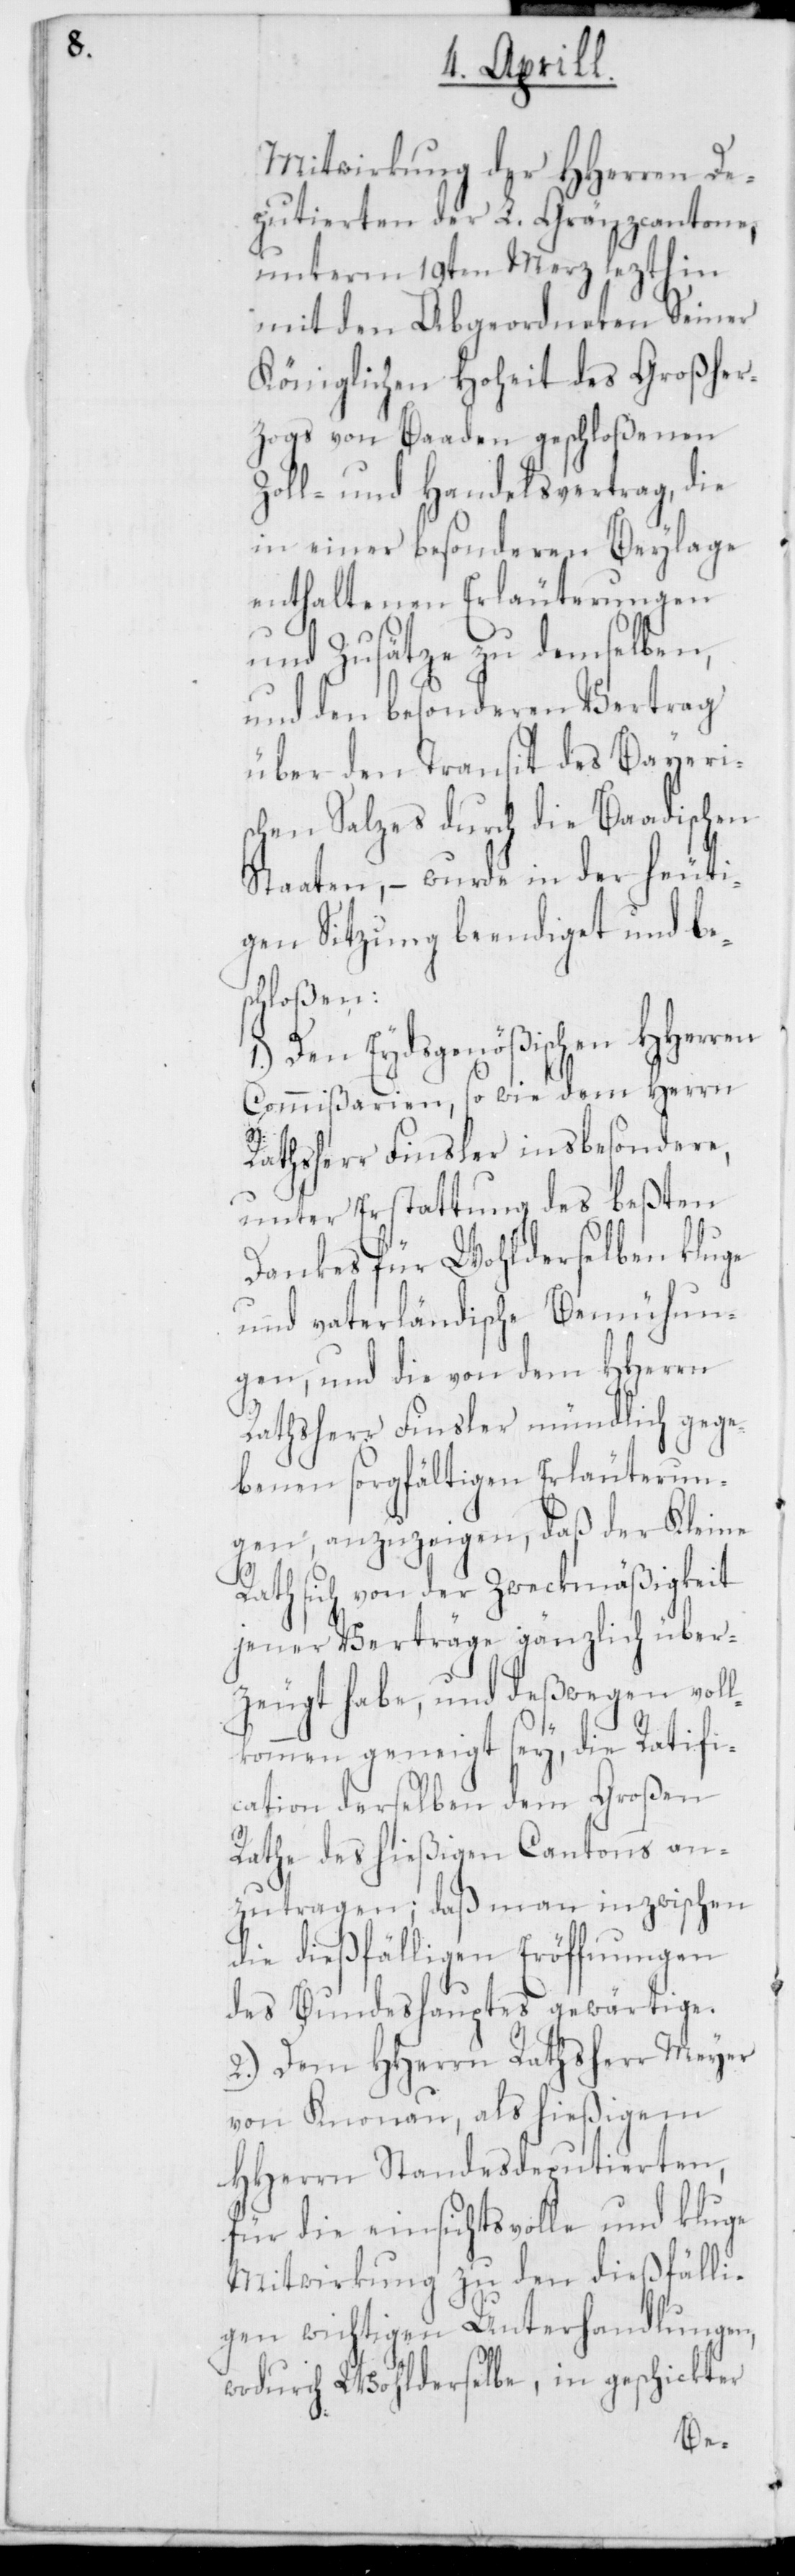
Mitwirkung der HHerren De¬
putierten der L. Gränzcantone,
unterm 19ten Merz lezthin
mit den Abgeordneten Seiner
Königlichen Hoheit des Großher¬
zogs von Baaden geschloßenen
Zoll- und Handelsvertrag, die
in einer besonderen Beylage
enthaltenen Erläuterungen
und Zusätze zu demselben,
und den besonderen Vertrag
über den Transit des Bayeris¬
chen Salzes durch die Baadischen
Staaten, – wurde in der heuti¬
gen Sitzung beendiget und be¬
schloßen:
1.) Den Eydsgenößischen HHerren
Commißarien, so wie dem Herrn
Rathsherr Finsler insbesondere,
unter Erstattung des beßten
Dankes für Wohlderselben kluge
und vaterländische Bemühun¬
gen, und die von dem HHerrn
Rathsherr Finsler mündlich gege¬
benen sorgfältigen Erläuterun¬
gen, anzuzeigen, daß der Kleine
Rath sich von der Zweckmäßigkeit
jener Verträge gänzlich über¬
zeugt habe, und deßwegen voll¬
kommen geneigt sey, die Ratifi¬
cation derselben dem Grossen
Rathe des hießigen Cantons an¬
zutragen; daß man inzwischen
die dießfälligen Eröffnungen
des Bundeshauptes gewärtige.
2.) Dem HHerrn Rathsherr Meyer
von Knonau, als hießigem
HHerrn Standesdeputierten,
für die einsichtsvolle und kluge
Mitwirkung zu den dießfälli¬
gen wichtigen Unterhandlungen,
wodurch Wohlderselbe, in geschickter